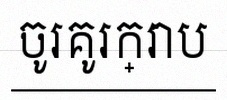
ចូរគូរក្រាប